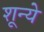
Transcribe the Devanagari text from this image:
शून्ये